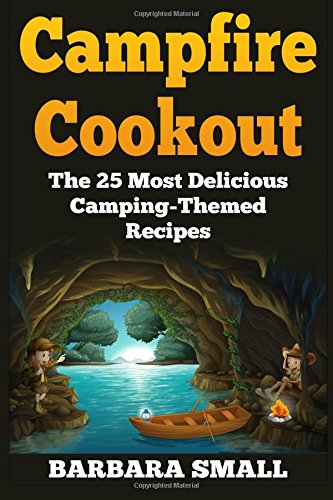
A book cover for Campfire Cookout: The 25 Most Delicious Camping-Themed Recipes; Barbara Small; Cookbooks, Food & Wine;